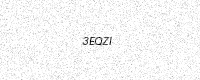
Text: 3EQZI